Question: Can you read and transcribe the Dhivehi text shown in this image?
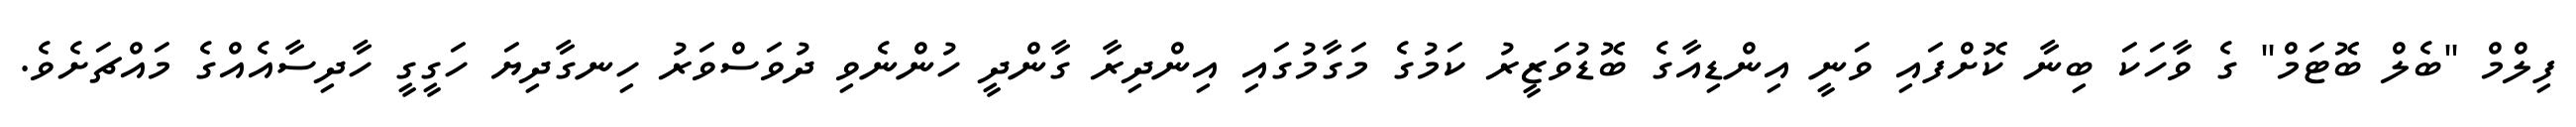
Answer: ފިލްމް "ބެލް ބޮޓަމް" ގެ ވާހަކަ ބިނާ ކޮށްފައި ވަނީ އިންޑިއާގެ ބޮޑުވަޒީރު ކަމުގެ މަގާމުގައި އިންދިރާ ގާންދީ ހުންނެވި ދުވަސްވަރު ހިނގާދިޔަ ހަގީގީ ހާދިސާއެއްގެ މައްޗަށެވެ.